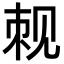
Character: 𬢍